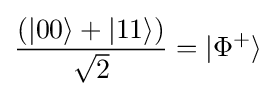
{\frac {(|00\rangle +|11\rangle )}{\sqrt {2}}}=|\Phi ^{+}\rangle